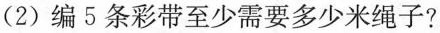
(2)编5条彩带至少需要多少米绳子?